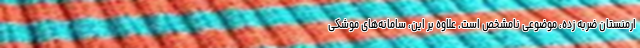
ارمنستان ضربه زده، موضوعی نامشخص است. علاوه بر این، سامانه‌های موشکی